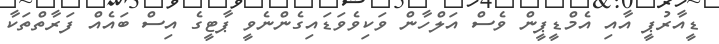
ޑީއާރުޕީ އާއި އެމްޑީޕީން ވެސް އަލްހާން ވަކިވެވަޑައިގެންނެވީ ޕާޓީގެ އިސް ބައެއް ފަރާތްތަކާ